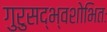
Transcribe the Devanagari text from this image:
गुरुसद्भ्वशोभितः